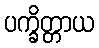
ပက္ခိတ္တာယ